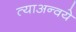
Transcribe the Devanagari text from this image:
त्याअन्वये